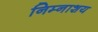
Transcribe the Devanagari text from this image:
निम्नाशय